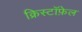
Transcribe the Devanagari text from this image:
क्रिस्टॉफ़ेल